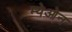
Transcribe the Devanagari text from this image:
म्येओन